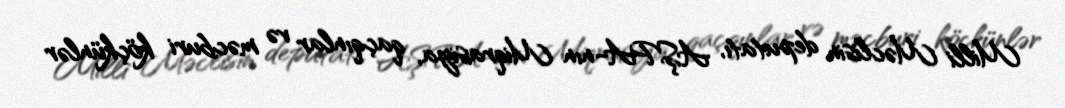
Milli Məclisin deputatı, AŞPA-nın Miqrasiya, qaçqınlar və məcburi köçkünlər